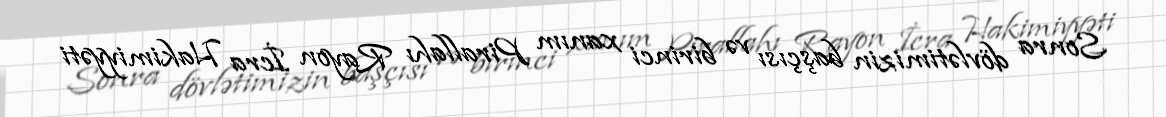
Sonra dövlətimizin başçısı və birinci xanım Pirallahı Rayon İcra Hakimiyyəti